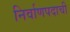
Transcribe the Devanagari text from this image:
निर्वाणपदाची